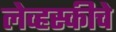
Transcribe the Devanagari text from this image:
लेव्हस्कीचे